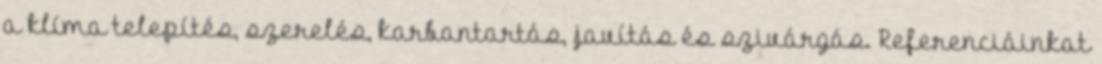
a klíma telepítés, szerelés, karbantartás, javítás és szivárgás. Referenciáinkat